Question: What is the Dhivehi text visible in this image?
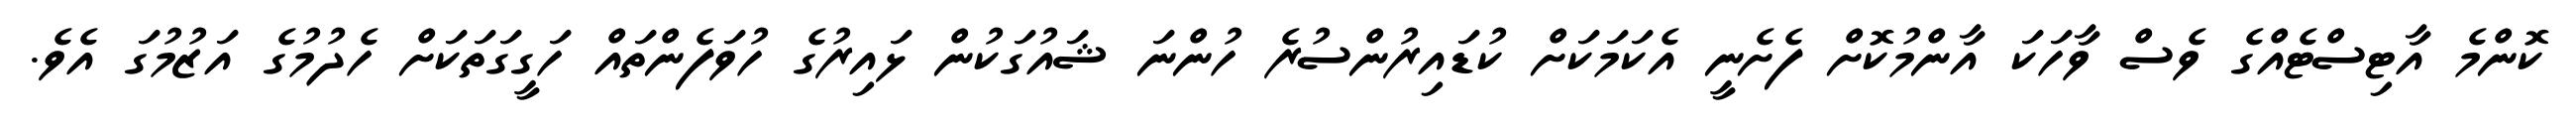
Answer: ކޮންމެ އާޓިސްޓެއްގެ ވެސް ވާހަކަ އާންމުކޮށް ފެށެނީ އެކަމަކަށް ކުޑައިރުންސުރެ ހުންނަ ޝައުގަކުން ޅައިރުގެ ހުވަފެންތައް ހަގީގަތަކަށް ހެދުމުގެ އަޒުމުގަ އެވެ.